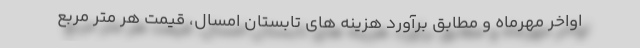
اواخر مهرماه و مطابق برآورد هزینه های تابستان امسال، قیمت هر متر مربع